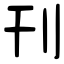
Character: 刊